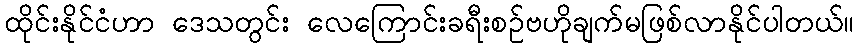
ထိုင်းနိုင်ငံဟာ ဒေသတွင်း လေကြောင်းခရီးစဉ်ဗဟိုချက်မဖြစ်လာနိုင်ပါတယ်။